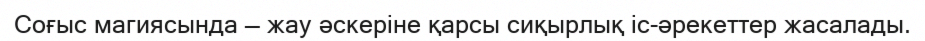
Соғыс магиясында — жау әскеріне қарсы сиқырлық іс-әрекеттер жасалады.